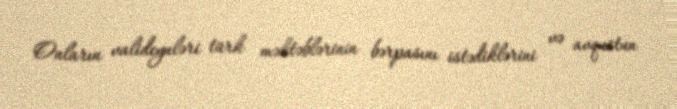
Onların valideynləri türk məktəblərinin bərpasını istədiklərini və avqustun